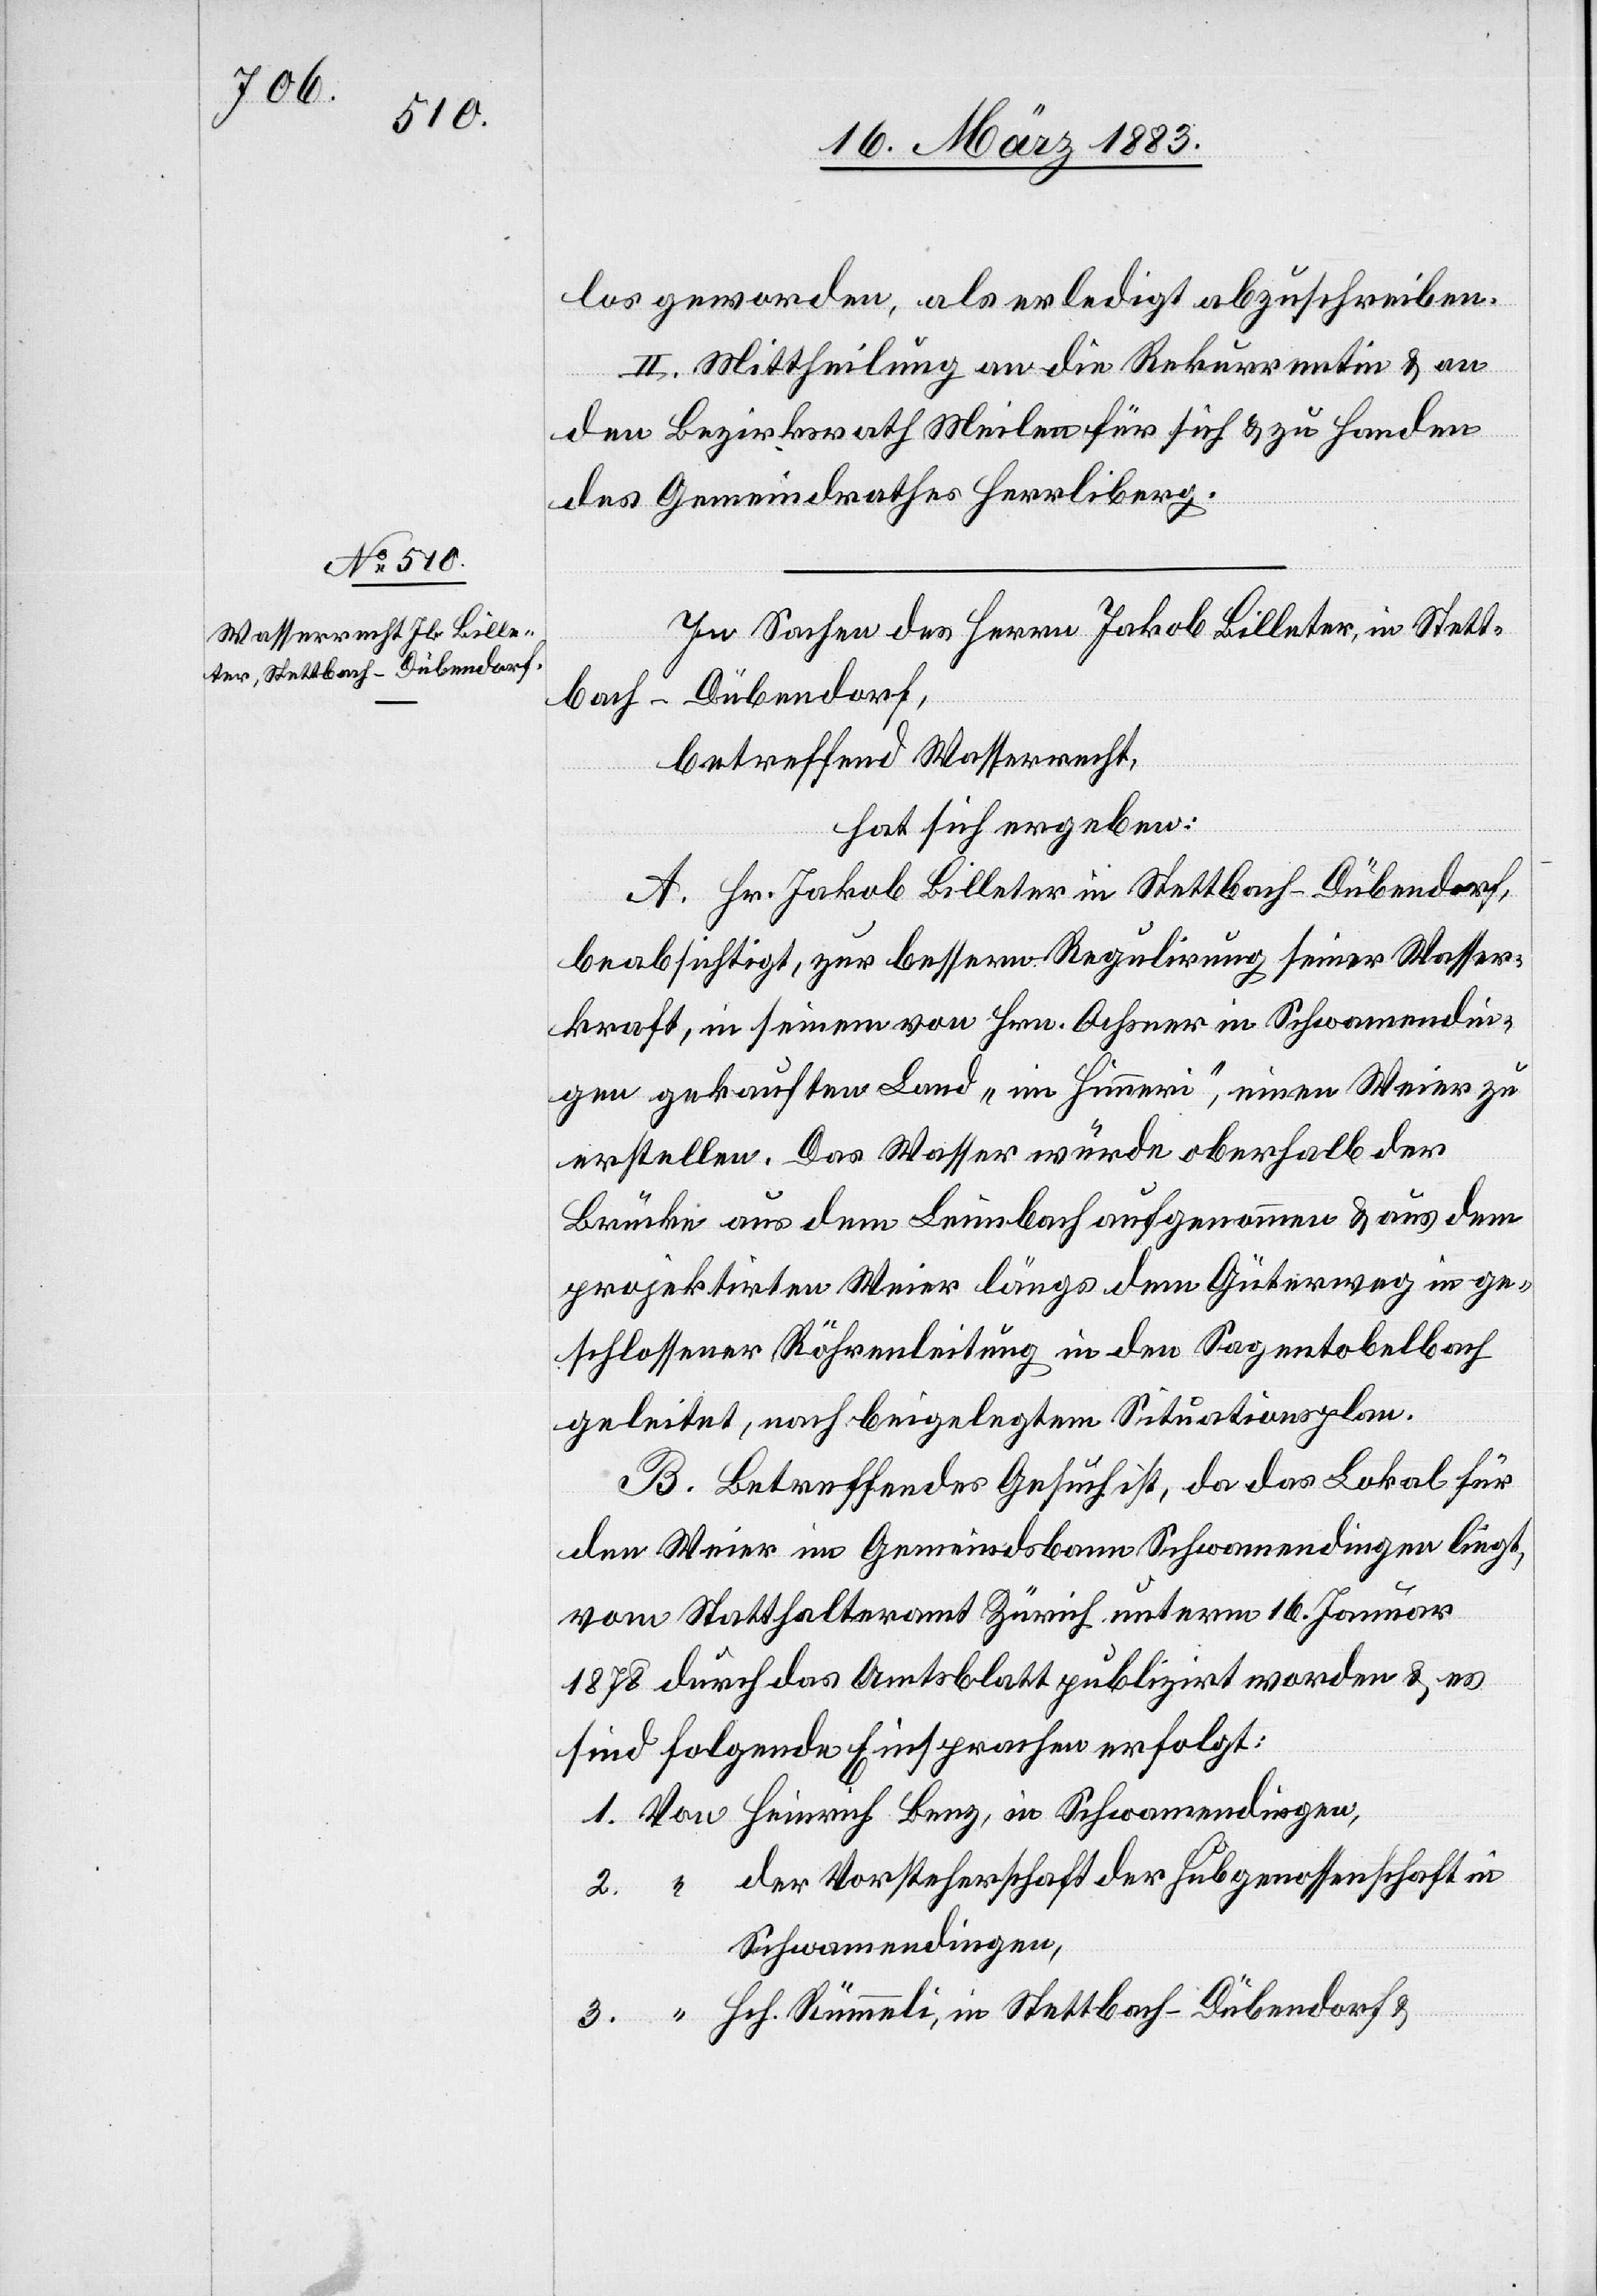
das